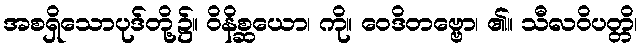
အစရှိသောပုဒ်တို့၌။ ဝိနိစ္ဆယော၊ ကို။ ဝေဒိတဗ္ဗော၊ ၏။ သီလဝိပတ္တိ၊